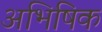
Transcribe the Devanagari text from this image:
अभिषिक